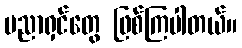
ပညာရှင်တွေ ဖြစ်ကြပါတယ်။